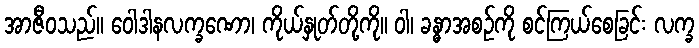
အာဇီဝသည်။ ဝေါဒါနလက္ခဏော၊ ကိုယ်နှုတ်တို့ကို။ ဝါ၊ ခန္ဓာအစဉ်ကို စင်ကြယ်စေခြင်း လက္ခ